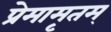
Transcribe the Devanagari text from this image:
प्रेमामृतम्